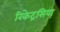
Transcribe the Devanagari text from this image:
रिकेट्रसिया